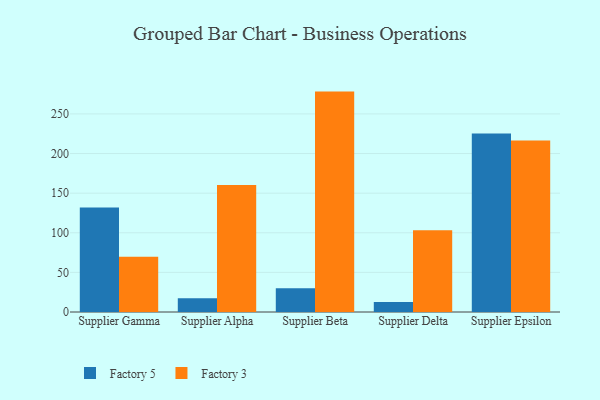
{"axis": {"x": "Supplier", "y": "Churn Rate (%)"}, "legend": ["Factory 3", "Factory 5"], "data": [{"x": "Supplier Gamma", "y": 131.9, "type": "Factory 5"}, {"x": "Supplier Gamma", "y": 69.6, "type": "Factory 3"}, {"x": "Supplier Alpha", "y": 17.4, "type": "Factory 5"}, {"x": "Supplier Alpha", "y": 160.2, "type": "Factory 3"}, {"x": "Supplier Beta", "y": 29.9, "type": "Factory 5"}, {"x": "Supplier Beta", "y": 278.2, "type": "Factory 3"}, {"x": "Supplier Delta", "y": 12.7, "type": "Factory 5"}, {"x": "Supplier Delta", "y": 103.3, "type": "Factory 3"}, {"x": "Supplier Epsilon", "y": 225.4, "type": "Factory 5"}, {"x": "Supplier Epsilon", "y": 216.6, "type": "Factory 3"}]}